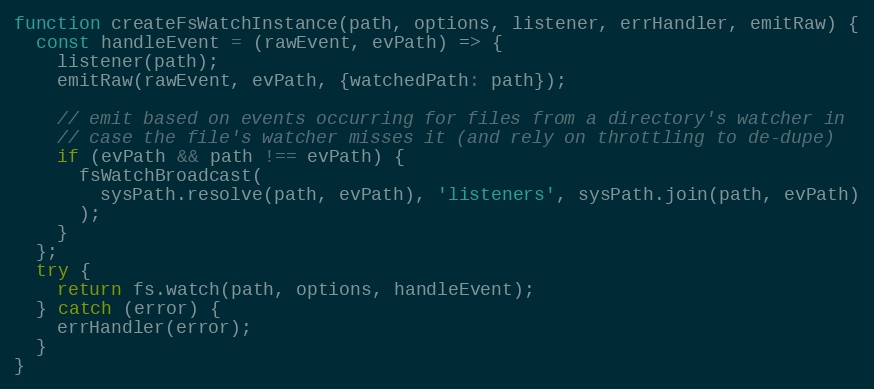
Language: JavaScript
function createFsWatchInstance(path, options, listener, errHandler, emitRaw) {
  const handleEvent = (rawEvent, evPath) => {
    listener(path);
    emitRaw(rawEvent, evPath, {watchedPath: path});

    // emit based on events occurring for files from a directory's watcher in
    // case the file's watcher misses it (and rely on throttling to de-dupe)
    if (evPath && path !== evPath) {
      fsWatchBroadcast(
        sysPath.resolve(path, evPath), 'listeners', sysPath.join(path, evPath)
      );
    }
  };
  try {
    return fs.watch(path, options, handleEvent);
  } catch (error) {
    errHandler(error);
  }
}